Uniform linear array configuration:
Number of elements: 48
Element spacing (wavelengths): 0.25
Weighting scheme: hann
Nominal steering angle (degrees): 45
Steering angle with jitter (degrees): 46.875
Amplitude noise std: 0.05
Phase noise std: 0.05

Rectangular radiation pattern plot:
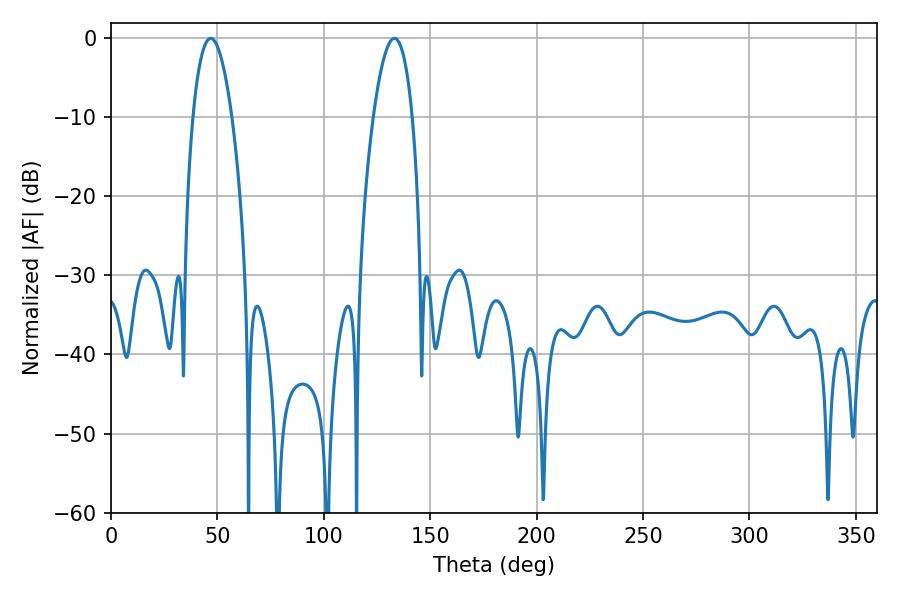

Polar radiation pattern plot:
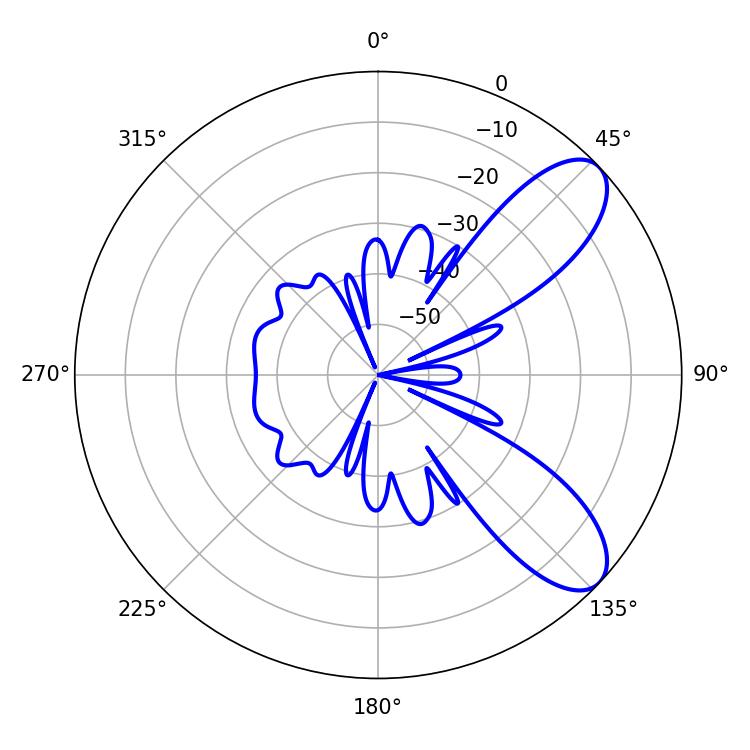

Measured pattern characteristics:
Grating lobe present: FALSE
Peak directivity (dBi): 8.58
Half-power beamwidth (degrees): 10.26
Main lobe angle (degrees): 46.8